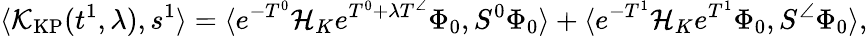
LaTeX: \langle\mathcal{K}_{\mathrm{KP}}(t^{1},\lambda),s^{1}\rangle=\langle e^{-T^{0}}\mathcal{H}_{K}e^{T^{0}+\lambda T^{\angle}}\Phi_{0},S^{0}\Phi_{0}\rangle+\langle e^{-T^{1}}\mathcal{H}_{K}e^{T^{1}}\Phi_{0},S^{\angle}\Phi_{0}\rangle,